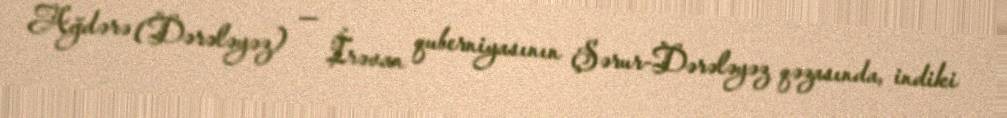
Ağdərə (Dərələyəz) — İrəvan quberniyasının Şərur-Dərələyəz qəzasında, indiki